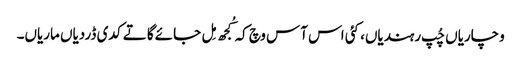
وچاریاں چُپ رہندیاں، کئی اس آس وچ کہ کُجھ مِل جائےگا تے کدی ڈردیاں ماریاں۔